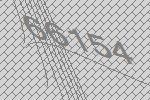
66154